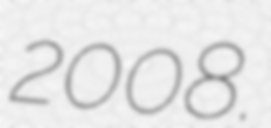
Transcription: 2008.